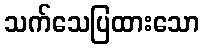
သက်သေပြထားသော